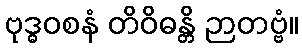
ဗုဒ္ဓဝစနံ တိဝိဓန္တိ ဉာတဗ္ဗံ။